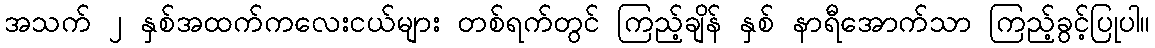
အသက် ၂ နှစ်အထက်ကလေးငယ်များ တစ်ရက်တွင် ကြည့်ချိန် နှစ် နာရီအောက်သာ ကြည့်ခွင့်ပြုပါ။